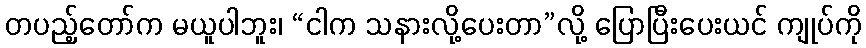
တပည့်တော်က မယူပါဘူး၊ “ငါက သနားလို့ပေးတာ”လို့ ပြောပြီးပေးယင် ကျုပ်ကို